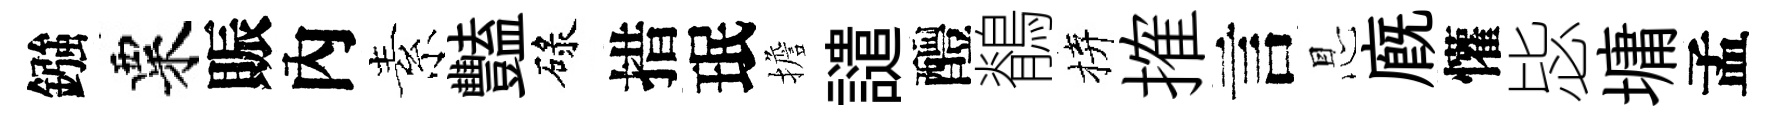
鏹粟賑內素豔碌措珉擔譴醴鶺拚搉言㤙廐懽毖墉孟